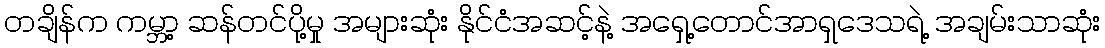
တချိန်က ကမ္ဘာ့ ဆန်တင်ပို့မှု အများဆုံး နိုင်ငံအဆင့်နဲ့ အရှေ့တောင်အာရှဒေသရဲ့ အချမ်းသာဆုံး